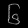
Digit: ၆